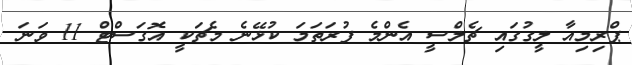
ޕްރިމިއާ ލީގުގައި ޗެލްސީ އެންމެ ފުރަތަމަ ކުޅޭނެ މެޗަކީ އޮގަސްޓް 11 ވަނަ